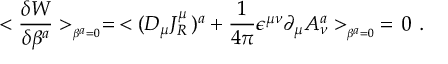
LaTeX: < { \frac { \delta W } { \delta \beta ^ { a } } } > _ { _ { \beta ^ { a } = 0 } } = \, < ( D _ { \mu } J _ { R } ^ { \mu } \, ) ^ { a } + { \frac { 1 } { 4 \pi } } \epsilon ^ { \mu \nu } \partial _ { \mu } A _ { \nu } ^ { a } > _ { _ { \beta ^ { a } = 0 } } \, = \, 0 \, \, .